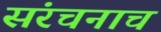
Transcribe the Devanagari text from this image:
संरचनाच